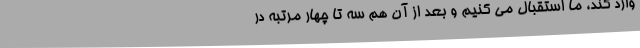
وارد کند، ما استقبال می‌ کنیم و بعد از آن هم سه تا چهار مرتبه در